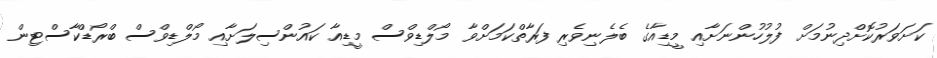
ކަށަވަރުކޮށްދިނުމަށް ފުލުހުންނަށާއި މީޑިއާގެ ބެލެނިވެރި ފަރާތްކަމަށްވާ މޯލްޑިވްސް މީޑިއާ ކައުންސިލަށާއި މޯލްޑިވްސް ބްރޯޑްކާސްޓިން